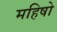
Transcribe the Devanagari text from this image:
महिषो